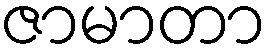
ဇာမာတာ